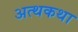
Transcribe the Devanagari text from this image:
अत्थकथा